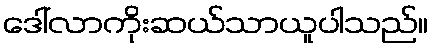
ဒေါ်လာကိုးဆယ်သာယူပါသည်။